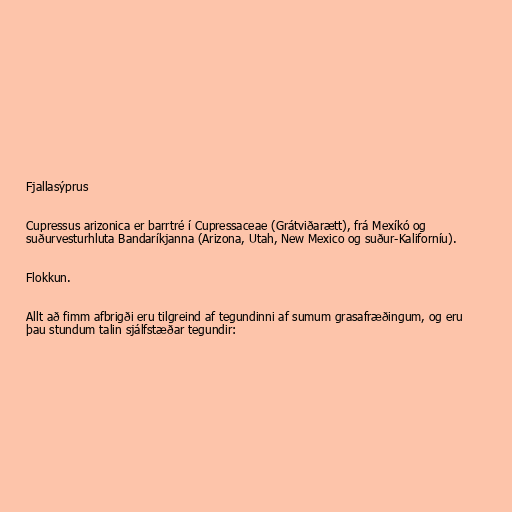
Fjallasýprus

Cupressus arizonica er barrtré í Cupressaceae (Grátviðarætt), frá Mexíkó og
suðurvesturhluta Bandaríkjanna (Arizona, Utah, New Mexico og suður-Kaliforníu).

Flokkun.

Allt að fimm afbrigði eru tilgreind af tegundinni af sumum grasafræðingum, og eru
þau stundum talin sjálfstæðar tegundir: